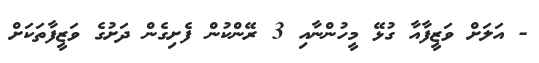
- އަލަށް ވަޒީފާއާ ގުޅޭ މީހުންނާއި 3 ރޭންކުން ފެށިގެން ދަށުގެ ވަޒީފާތަކަށް